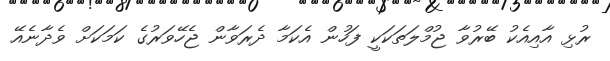
ރުޅި އާއިއެކު ބޭރުވާ ޖުމްލަތަކަކީ ފަހުން އެކަމާ ދެރަވާން ޖެހޭވަރުގެ ކަމަކަށް ވެދާނެއޭ